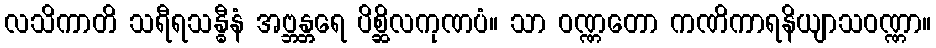
လသိကာတိ သရီရသန္ဓီနံ အဗ္ဘန္တရေ ပိစ္ဆိလကုဏပံ။ သာ ဝဏ္ဏတော ကဏိကာရနိယျာသဝဏ္ဏာ။